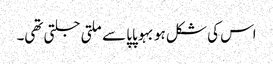
اس کی شکل ہو بہو پاپا سے ملتی جلتی تھی۔